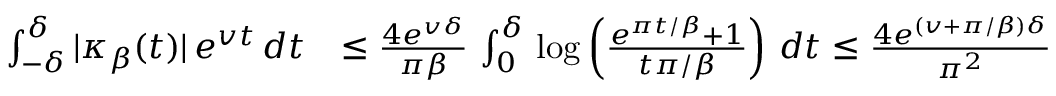
\begin{array} { r l } { \int _ { - \delta } ^ { \delta } | \kappa _ { \beta } ( t ) | \, e ^ { v t } \, d t } & { \le \frac { 4 e ^ { v \delta } } { \pi \beta } \, \int _ { 0 } ^ { \delta } \, \log \left( \frac { e ^ { \pi t / \beta } + 1 } { t \pi / \beta } \right) \, d t \le \frac { 4 e ^ { ( v + \pi / \beta ) \delta } } { \pi ^ { 2 } } } \end{array}